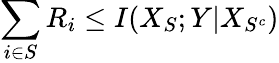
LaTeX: \sum_{i\in S}R_{i}\leq I(X_{S};Y|X_{S^{c}})